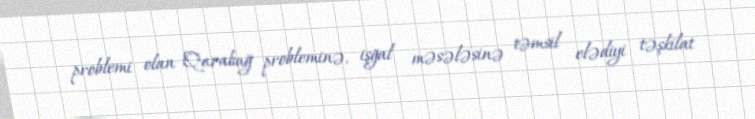
problemi olan Qarabağ probleminə, işğal məsələsinə təmsil elədiyi təşkilat